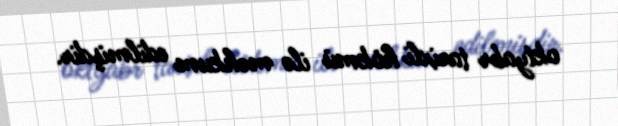
oktyabr tarixli hökmü ilə məhkum edilmişdir.